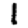
Digit: 1